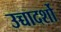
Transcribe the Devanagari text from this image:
उच्चादर्शो